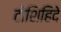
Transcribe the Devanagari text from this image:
टोशिहिदे